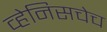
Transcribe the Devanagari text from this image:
व्हेनिसचेच